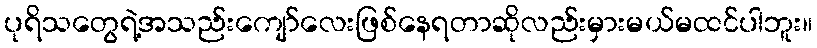
ပုရိသတွေရဲ့အသည်းကျော်လေးဖြစ်နေရတာဆိုလည်းမှားမယ်မထင်ပါဘူး။